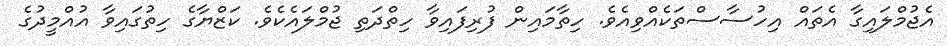
އެޖުމްލައިގާ އެތައް އިހުސާސްތަކެއްވިއެވެ. ހިތާމައިން ފުރިފައިވާ ހިތްދަތި ޖުމްލައެކެވެ. ކަޒްޔާގެ ހިތުގައިވާ އުއްމީދުގެ